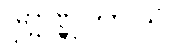
ဒုဗ္ဗဏ္ဏတာယ